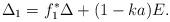
LaTeX: \begin{align*}\Delta_1=f_1^{\ast}\Delta+(1-ka)E.\end{align*}